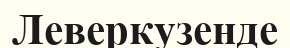
Леверкузенде